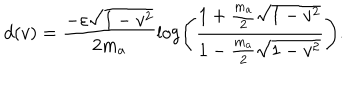
d ( v ) = \frac { - \varepsilon \sqrt { 1 - v ^ { 2 } } } { 2 m _ { a } } \log \left( \frac { 1 + \frac { m _ { a } } { 2 } \sqrt { 1 - v ^ { 2 } } } { 1 - \frac { m _ { a } } { 2 } \sqrt { 1 - v ^ { 2 } } } \right) .